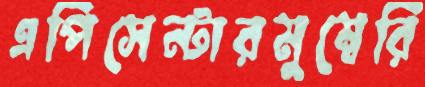
এপিসেন্টারমুম্বেরি